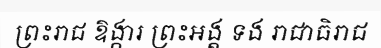
ព្រះរាជ ឱង្ការ ព្រះអង្គ ទង រាជាធិរាជ